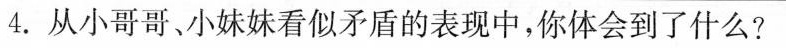
4.从小哥哥、小妹妹看似矛盾的表现中，你体会到了什么?